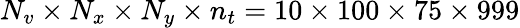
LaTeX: N_{v}\times N_{x}\times N_{y}\times n_{t}=10\times 100\times 75\times 999